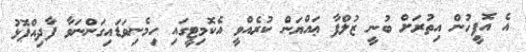
އެ އޮފީހުން އިތުރަށް ބުނީ ޒުލްފާ ޢައްޔަން ކުރެއްވީ އެކޮމިޓީގައި ހިމެނިވަޑައިގަންނަވާ ފާދިއްޕޮޅު